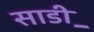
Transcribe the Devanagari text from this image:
साडी़